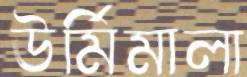
ঊর্মিমালা